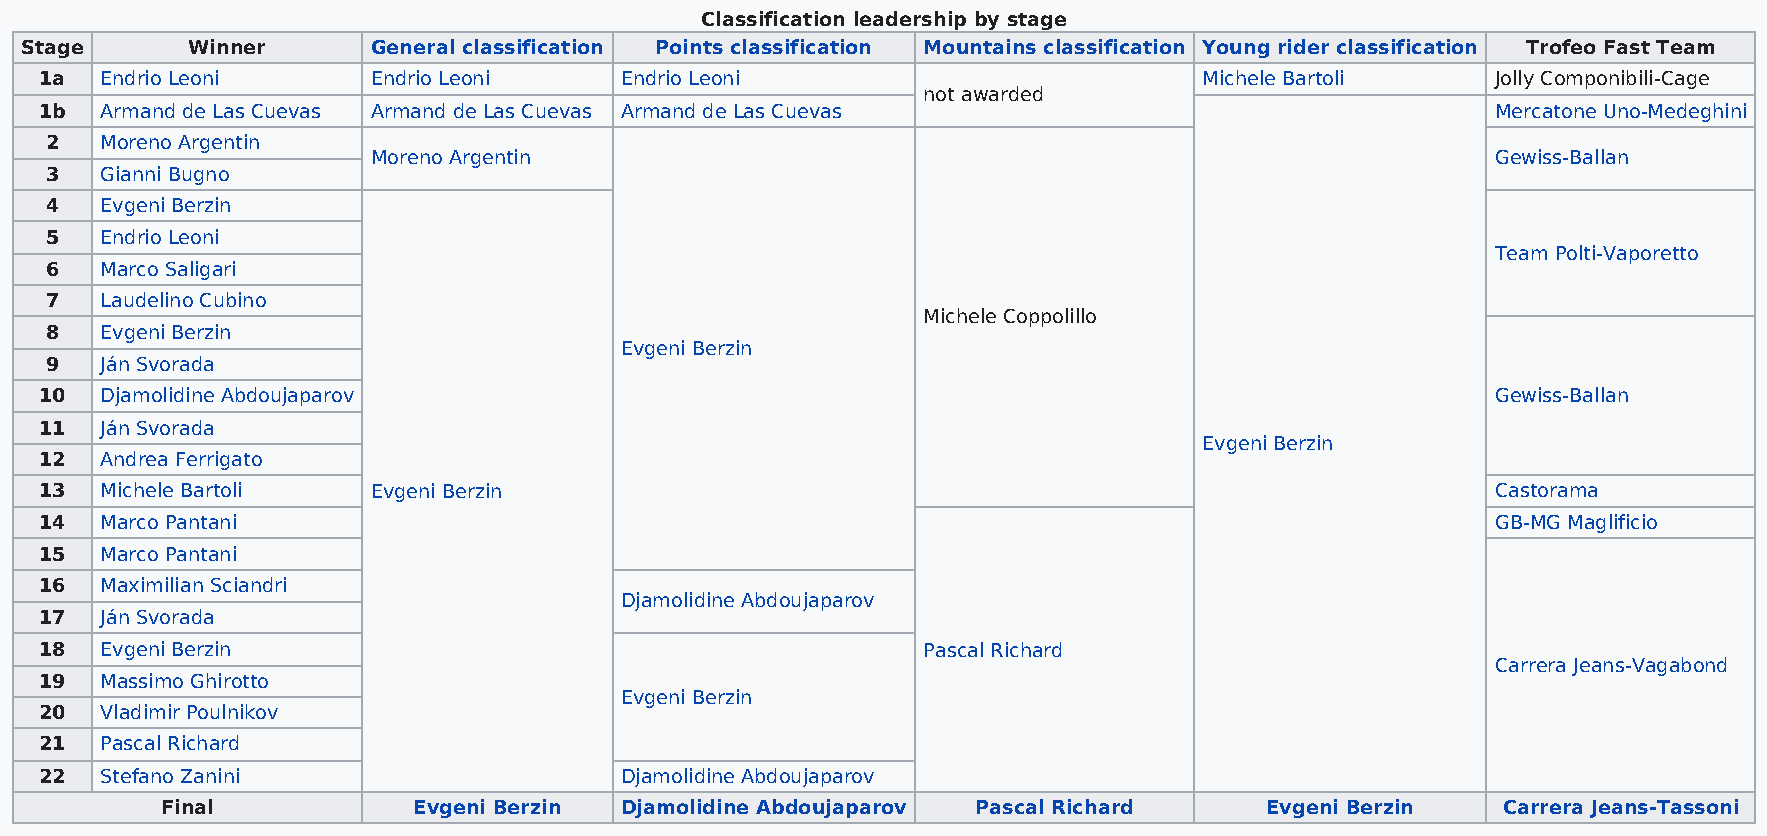
Classification leadership by stage
 Stage      Winner       General classification Points classification Mountains classification Young rider classification Trofeo Fast Team
 1a  Endrio Leoni      Endrio Leoni    Endrio Leoni                           Michele Bartoli    Jolly Componibili-Cage
 not awarded
 1b  Armand de Las Cuevas Armand de Las Cuevas Armand de Las Cuevas                              Mercatone Uno-Medeghini
 2   Moreno Argentin
 Moreno Argentin                                                           Gewiss-Ballan
 3   Gianni Bugno
 4   Evgeni Berzin
 5   Endrio Leoni
 Team Polti-Vaporetto
 6   Marco Saligari
 7   Laudelino Cubino
 Michele Coppolillo
 8   Evgeni Berzin
 Evgeni Berzin
 9   Ján Svorada
 10  Djamolidine Abdoujaparov                                                                    Gewiss-Ballan
 11  Ján Svorada
 Evgeni Berzin
 12  Andrea Ferrigato
 13  Michele Bartoli   Evgeni Berzin                                                             Castorama
 14  Marco Pantani                                                                               GB-MG Maglificio
 15  Marco Pantani
 16  Maximilian Sciandri
 Djamolidine Abdoujaparov
 17  Ján Svorada
 18  Evgeni Berzin                                         Pascal Richard
 Carrera Jeans-Vagabond
 19  Massimo Ghirotto
 Evgeni Berzin
 20  Vladimir Poulnikov
 21  Pascal Richard
 22  Stefano Zanini                    Djamolidine Abdoujaparov
 Final           Evgeni Berzin Djamolidine Abdoujaparov Pascal Richard    Evgeni Berzin  Carrera Jeans-Tassoni